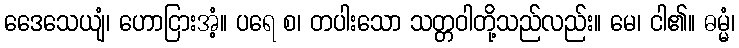
ဒေေသေယျံ၊ ဟောငြားအံ့။ ပရေ စ၊ တပါးသော သတ္တဝါတို့သည်လည်း။ မေ၊ ငါ၏။ ဓမ္မံ၊